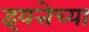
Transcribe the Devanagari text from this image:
इयत्तेच्या